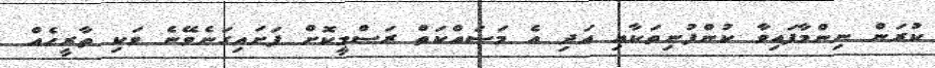
ކުރަން ނިންމާފައިވާ ކުންފުނިތަކާއި އަދި އެ މަސައްކަތް ރަސްމީކޮށް ފަށައިގަނެވޭނެ ވަކި ތާރީހެއް